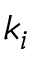
k _ { i }